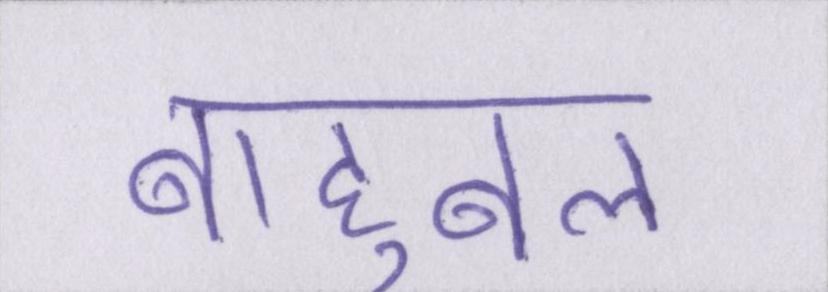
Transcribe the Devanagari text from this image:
बाहुबल